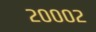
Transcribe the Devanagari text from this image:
२०००२